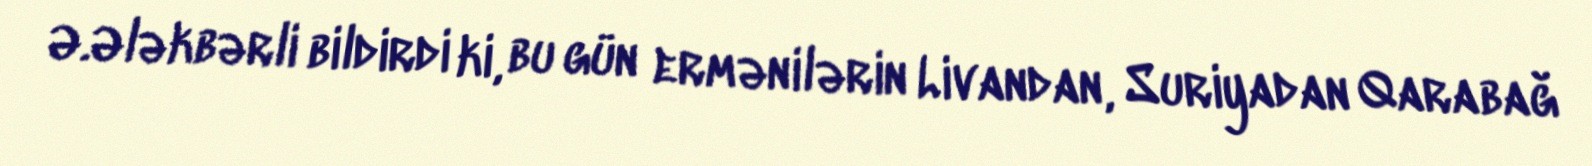
Ə.Ələkbərli bildirdi ki, bu gün ermənilərin Livandan, Suriyadan Qarabağ